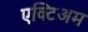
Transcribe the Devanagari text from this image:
एक्टिअम